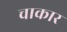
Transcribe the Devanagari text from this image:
चाकार